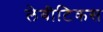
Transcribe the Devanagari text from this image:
लेवीटिकस